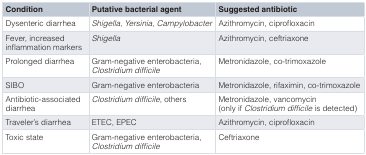
| Condition | Putative bacterial agent | Suggested antibiotic |
 | --- | --- | --- |
 | Dysenteric diarrhea | Shigella, Yersinia, Campylobacter | Azithromycin, ciprofloxacin |
 | Fever, increasedinflammation markers | Shigella | Azithromycin, ceftriaxone |
 | Prolonged diarrhea | Gram-negative enterobacteria,Clostridium difficile | Metronidazole, co-trimoxazole |
 | SIBO | Gram-negative enterobacteria | Metronidazole, rifaximin, co-trimoxazole |
 | Antibiotic-associateddiarrhea | Clostridium difficile, others | Metronidazole, vancomycin(only ifClostridium difficile is detected) |
 | Traveler’s diarrhea | ETEC, EPEC | Azithromycin, ciprofloxacin |
 | Toxic state | Gram-negative enterobacteria,Clostridium difficile | Ceftriaxone |